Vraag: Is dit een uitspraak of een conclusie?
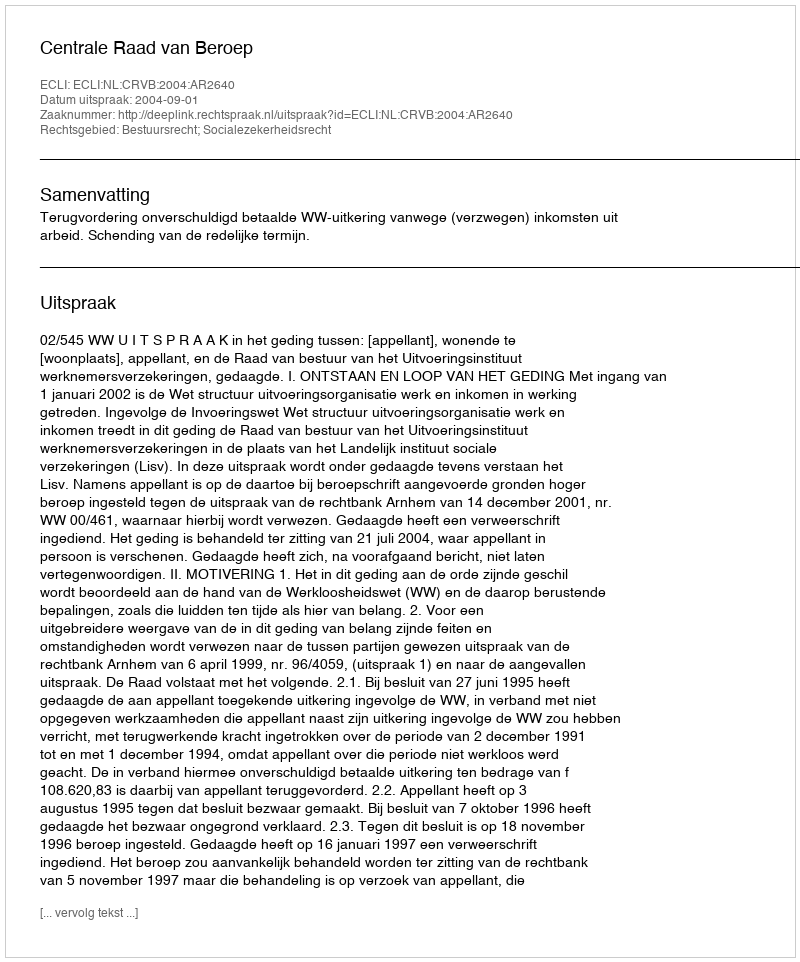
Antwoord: Uitspraak